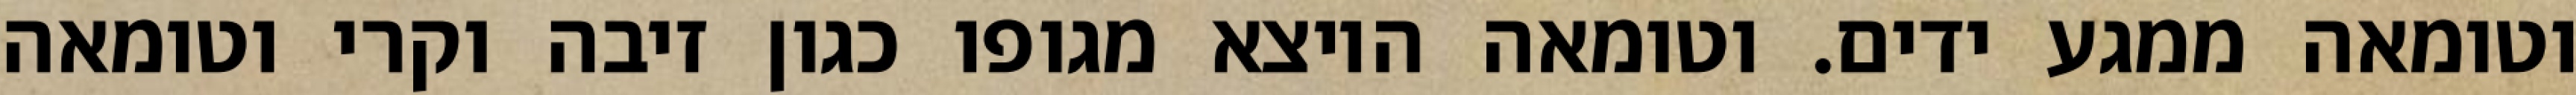
וטומאה ממגע ידים. וטומאה היוצא מגופו כגון זיבה וקרי וטומאה